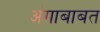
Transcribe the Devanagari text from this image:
अंगाबाबत